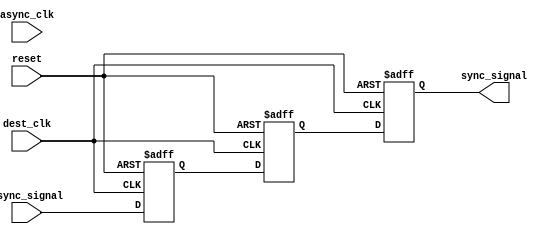
module dual_ff_synchronizer #(
    parameter WIDTH = 1 // Width of the asynchronous signal
)(
    input wire async_clk,        // Asynchronous clock for the source domain
    input wire dest_clk,         // Destination clock for the target domain
    input wire reset,            // Reset signal
    input wire [WIDTH-1:0] async_signal, // Asynchronous input signal
    output reg [WIDTH-1:0] sync_signal // Synchronized output signal
);

    // Internal signals for the two flip-flops
    reg [WIDTH-1:0] ff1_reg;
    reg [WIDTH-1:0] ff2_reg;

    // First flip-flop: samples async_signal on dest_clk
    always @(posedge dest_clk or posedge reset) begin
        if (reset) begin
            ff1_reg <= 0; // Reset the first flip-flop
        end else begin
            ff1_reg <= async_signal; // Capture the asynchronous signal
        end
    end

    // Second flip-flop: samples the output of the first flip-flop
    always @(posedge dest_clk or posedge reset) begin
        if (reset) begin
            ff2_reg <= 0; // Reset the second flip-flop
        end else begin
            ff2_reg <= ff1_reg; // Capture the output of the first flip-flop
        end
    end

    // Output the synchronized signal
    always @(posedge dest_clk or posedge reset) begin
        if (reset) begin
            sync_signal <= 0; // Reset the output
        end else begin
            sync_signal <= ff2_reg; // Output the synchronized signal
        end
    end

endmodule